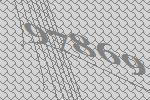
97869